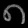
Digit: ၈